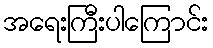
အရေးကြီးပါကြောင်း